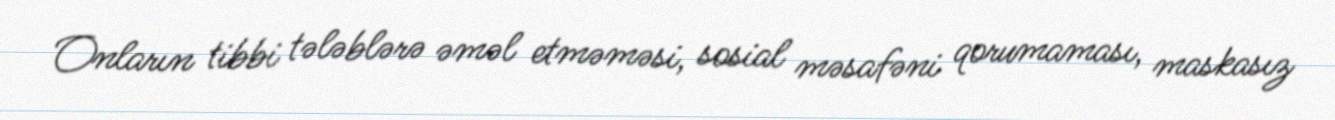
Onların tibbi tələblərə əməl etməməsi, sosial məsafəni qorumaması, maskasız